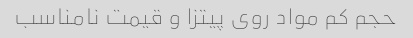
حجم کم مواد روی پیتزا و قیمت نامناسب